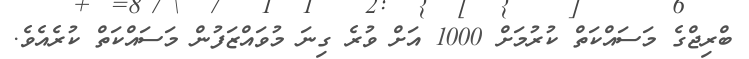
ބްރިޖްގެ މަސައްކަތް ކުރުމަށް 1000 އަށް ވުރެ ގިނަ މުވައްޒަފުން މަސައްކަތް ކުރެއެވެ.